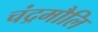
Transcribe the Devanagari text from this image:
चंद्रमौलि